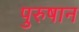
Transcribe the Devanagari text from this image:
पुरुषान